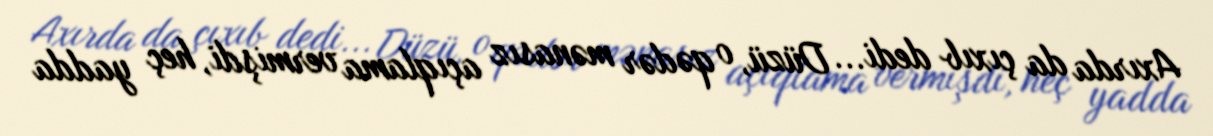
Axırda da çıxıb dedi... Düzü, o qədər mənasız açıqlama vermişdi, heç yadda